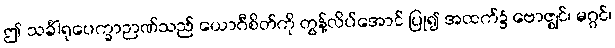
ဤ သင်္ခါရုပေက္ခာဉာဏ်သည် ယောဂီစိတ်ကို တွန့်လိပ်အောင် ပြု၍ အထက်၌ ဗောဇ္ဈင်၊ မဂ္ဂင်၊